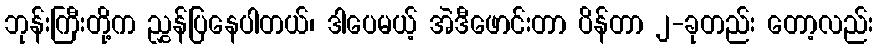
ဘုန်းကြီးတို့က ညွှန်ပြနေပါတယ်၊ ဒါပေမယ့် အဲဒီဖောင်းတာ ပိန်တာ ၂-ခုတည်း တော့လည်း